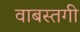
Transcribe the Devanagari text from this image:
वाबस्तगी